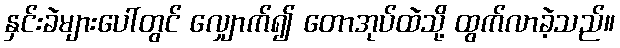
နှင်းခဲများပေါ်တွင် လျှောက်၍ တောအုပ်ထဲသို့ ထွက်လာခဲ့သည်။